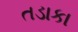
તડાકા